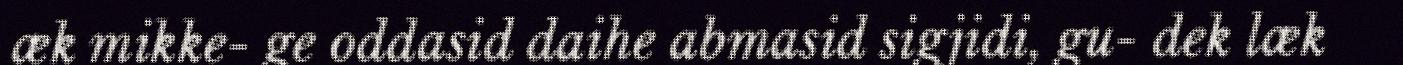
æk mikke- ge oddasid daihe abmasid sigjidi, gu- dek læk